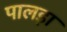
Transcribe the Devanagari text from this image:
पालड़ा